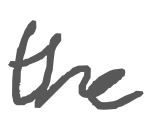
Text: the
Cross-out: clean
Writing tool: digital_gray